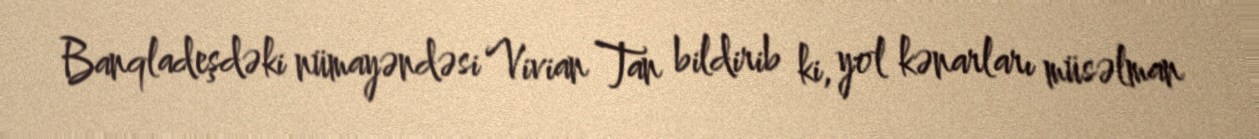
Banqladeşdəki nümayəndəsi Vivian Tan bildirib ki, yol kənarları müsəlman